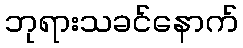
ဘုရားသခင်နောက်